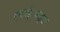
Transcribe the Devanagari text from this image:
हवाईअड्‍डा